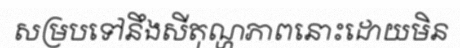
សម្របទៅនឹងសីតុណ្ហភាពនោះដោយមិន